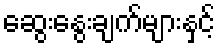
ဆွေးနွေးချက်များနှင့်